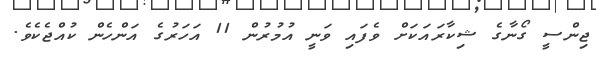
ޖިންސީ ގޯނާގެ ޝިކާރައަކަށް ވެފައި ވަނީ އުމުރުން 11 އަހަރުގެ އަންހެން ކުއްޖެކެެވެ.